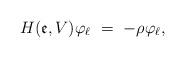
LaTeX: \begin{align*}H(\mathfrak{e},V){\varphi }_{\ell }\ =\ -\rho {\varphi }_{\ell },\end{align*}